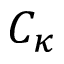
C _ { \kappa }